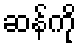
ဆန်ကို